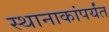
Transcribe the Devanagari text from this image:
स्थानाकांपर्यंत